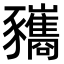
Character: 𧲚